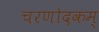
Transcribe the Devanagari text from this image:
चरणोदकम्